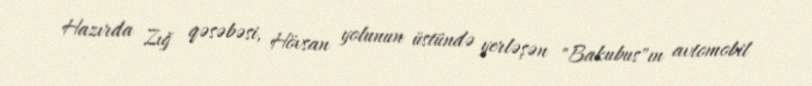
Hazırda Zığ qəsəbəsi, Hövsan yolunun üstündə yerləşən "Bakubus"ın avtomobil